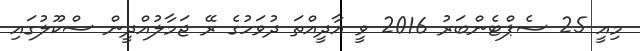
މިއީ 25 ސެޕްޓެންބަރު 2016 ވީ އާދީއްތަ ދުވަހުގެ ރޭ ޖަމާލުއްދީން ސްކޫލުގައި